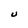
Character: U